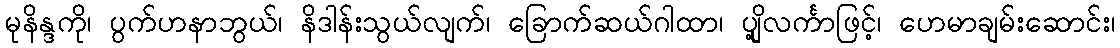
မုနိန္ဒကို၊ ပွက်ဟနာဘွယ်၊ နိဒါန်းသွယ်လျက်၊ ခြောက်ဆယ်ဂါထာ၊ ပျို့လင်္ကာဖြင့်၊ ဟေမာချမ်းဆောင်း၊